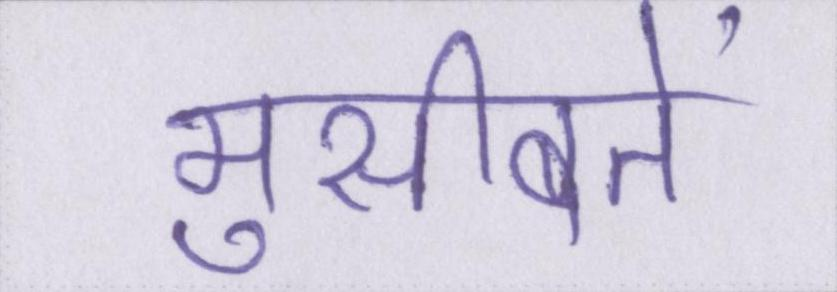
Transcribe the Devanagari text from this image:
मुसीबतें